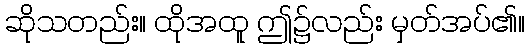
ဆိုသတည်း။ ထိုအထူ ဤ၌လည်း မှတ်အပ်၏။